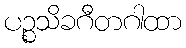
ပဉ္စသိခဂီတဂါထာ